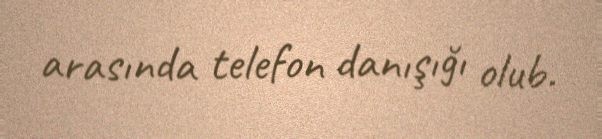
arasında telefon danışığı olub.